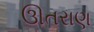
ઊતરાણ